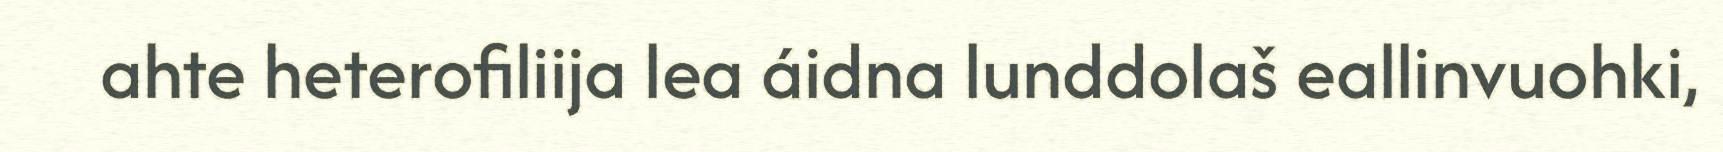
ahte heterofiliija lea áidna lunddolaš eallinvuohki,